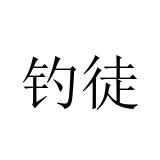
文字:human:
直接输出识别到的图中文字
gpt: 钓徒